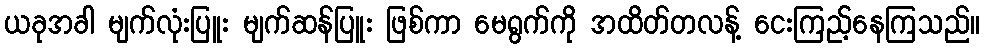
ယခုအခါ မျက်လုံးပြူး မျက်ဆန်ပြူး ဖြစ်ကာ မေရွက်ကို အထိတ်တလန့် ငေးကြည့်နေကြသည်။